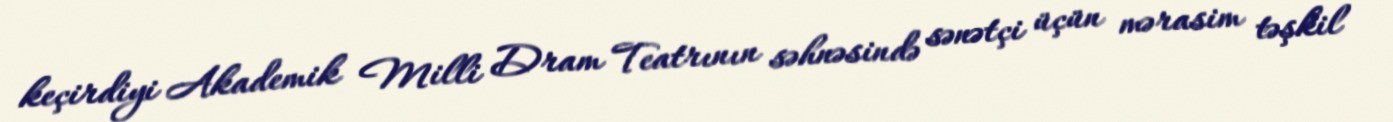
keçirdiyi Akademik Milli Dram Teatrının səhnəsində sənətçi üçün mərasim təşkil